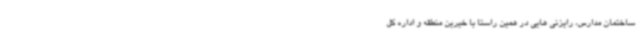
ساختمان مدارس، رایزنی هایی در همین راستا با خیرین منطقه و اداره کل